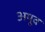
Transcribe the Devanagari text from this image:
अयूव